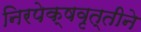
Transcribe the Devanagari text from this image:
निरपेक्षवृत्तीने